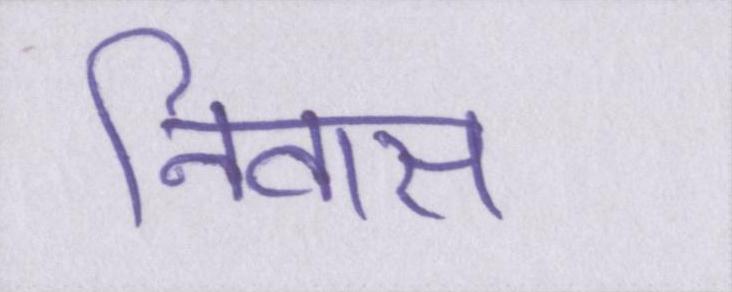
निवास